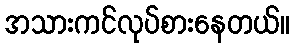
အသားကင်လုပ်စားနေတယ်။